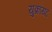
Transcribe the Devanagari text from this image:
युक्रॉयट